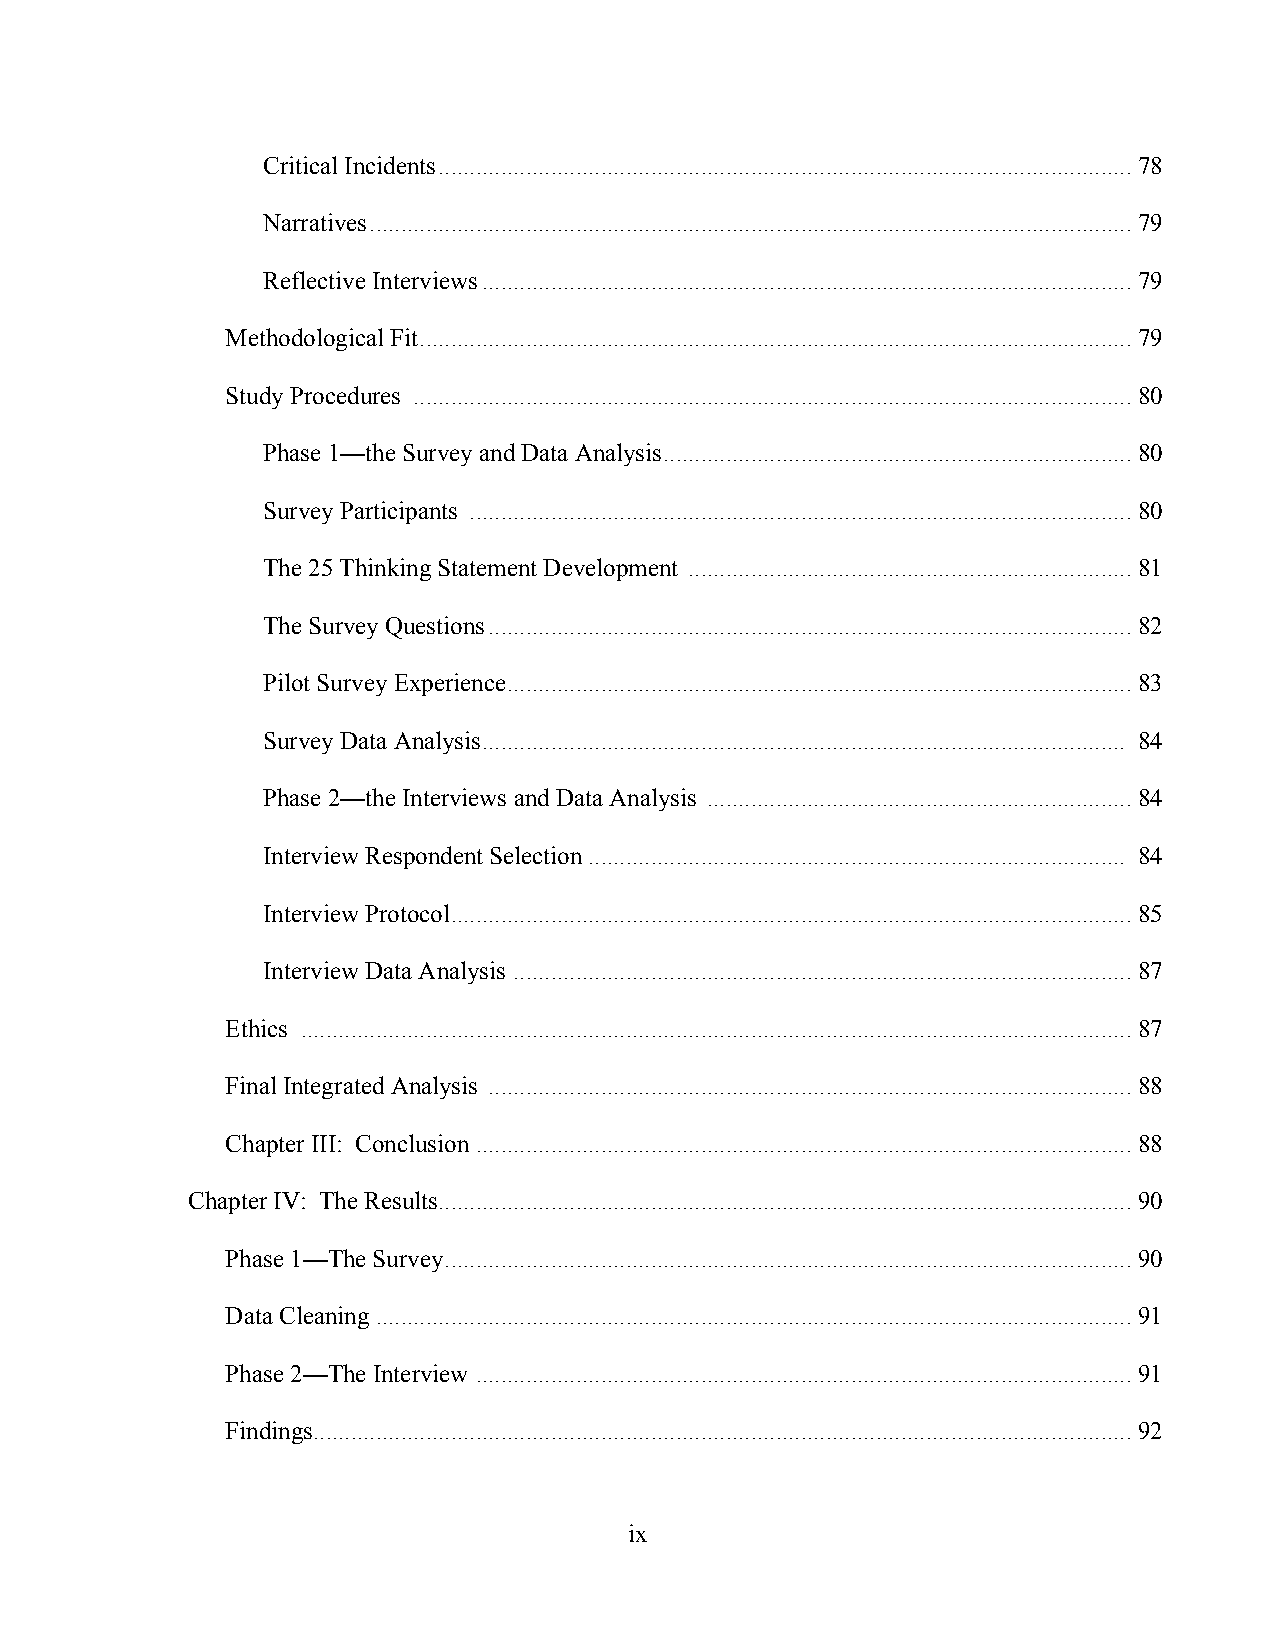
Critical Incidents ............................................................................................................... 78
 Narratives .......................................................................................................................... 79
 Reflective Interviews ........................................................................................................ 79
 Methodological Fit .................................................................................................................. 79
 Study Procedures ................................................................................................................... 80
 Phase 1—the Survey and Data Analysis ........................................................................... 80
 Survey Participants .......................................................................................................... 80
 The 25 Thinking Statement Development ....................................................................... 81
 The Survey Questions ....................................................................................................... 82
 Pilot Survey Experience .................................................................................................... 83
 Survey Data Analysis ....................................................................................................... 84
 Phase 2—the Interviews and Data Analysis .................................................................... 84
 Interview Respondent Selection ...................................................................................... 84
 Interview Protocol ............................................................................................................. 85
 Interview Data Analysis ................................................................................................... 87
 Ethics ..................................................................................................................................... 87
 Final Integrated Analysis ....................................................................................................... 88
 Chapter III: Conclusion ......................................................................................................... 88
 Chapter IV: The Results ............................................................................................................... 90
 Phase 1—The Survey .............................................................................................................. 90
 Data Cleaning ......................................................................................................................... 91
 Phase 2—The Interview ......................................................................................................... 91
 Findings ................................................................................................................................... 92
 ix